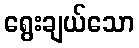
ရွေးချယ်သော